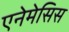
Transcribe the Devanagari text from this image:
एनेमेसिस